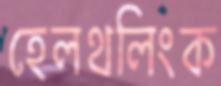
হেলথলিংক